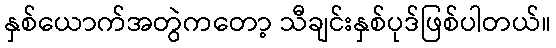
နှစ်ယောက်အတွဲကတော့ သီချင်းနှစ်ပုဒ်ဖြစ်ပါတယ်။